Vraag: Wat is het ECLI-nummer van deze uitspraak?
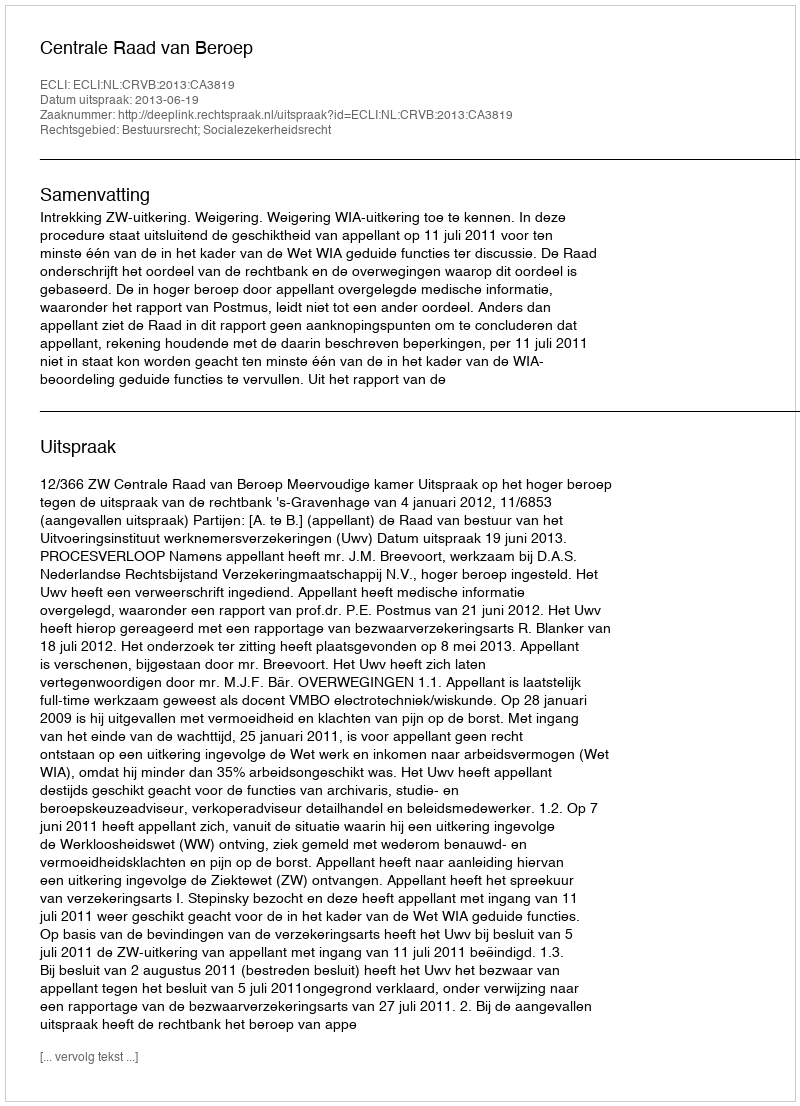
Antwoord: ECLI:NL:CRVB:2013:CA3819